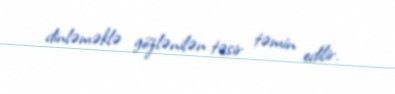
dinləməklə gözlənilən təsir təmin edilir.